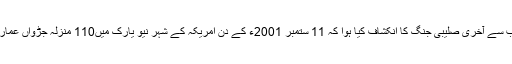
اگست 2001 ء میں عیسائیوں کی جانب سے آخری صلیبی جنگ کا انکشاف کیا ہوا کہ 11 ستمبر 2001ء کے دن امریکہ کے شہر نیو یارک میں110 منزلہ جڑواں عمارت کو دہشت گردی کا نشانہ بنا دیا گیا۔